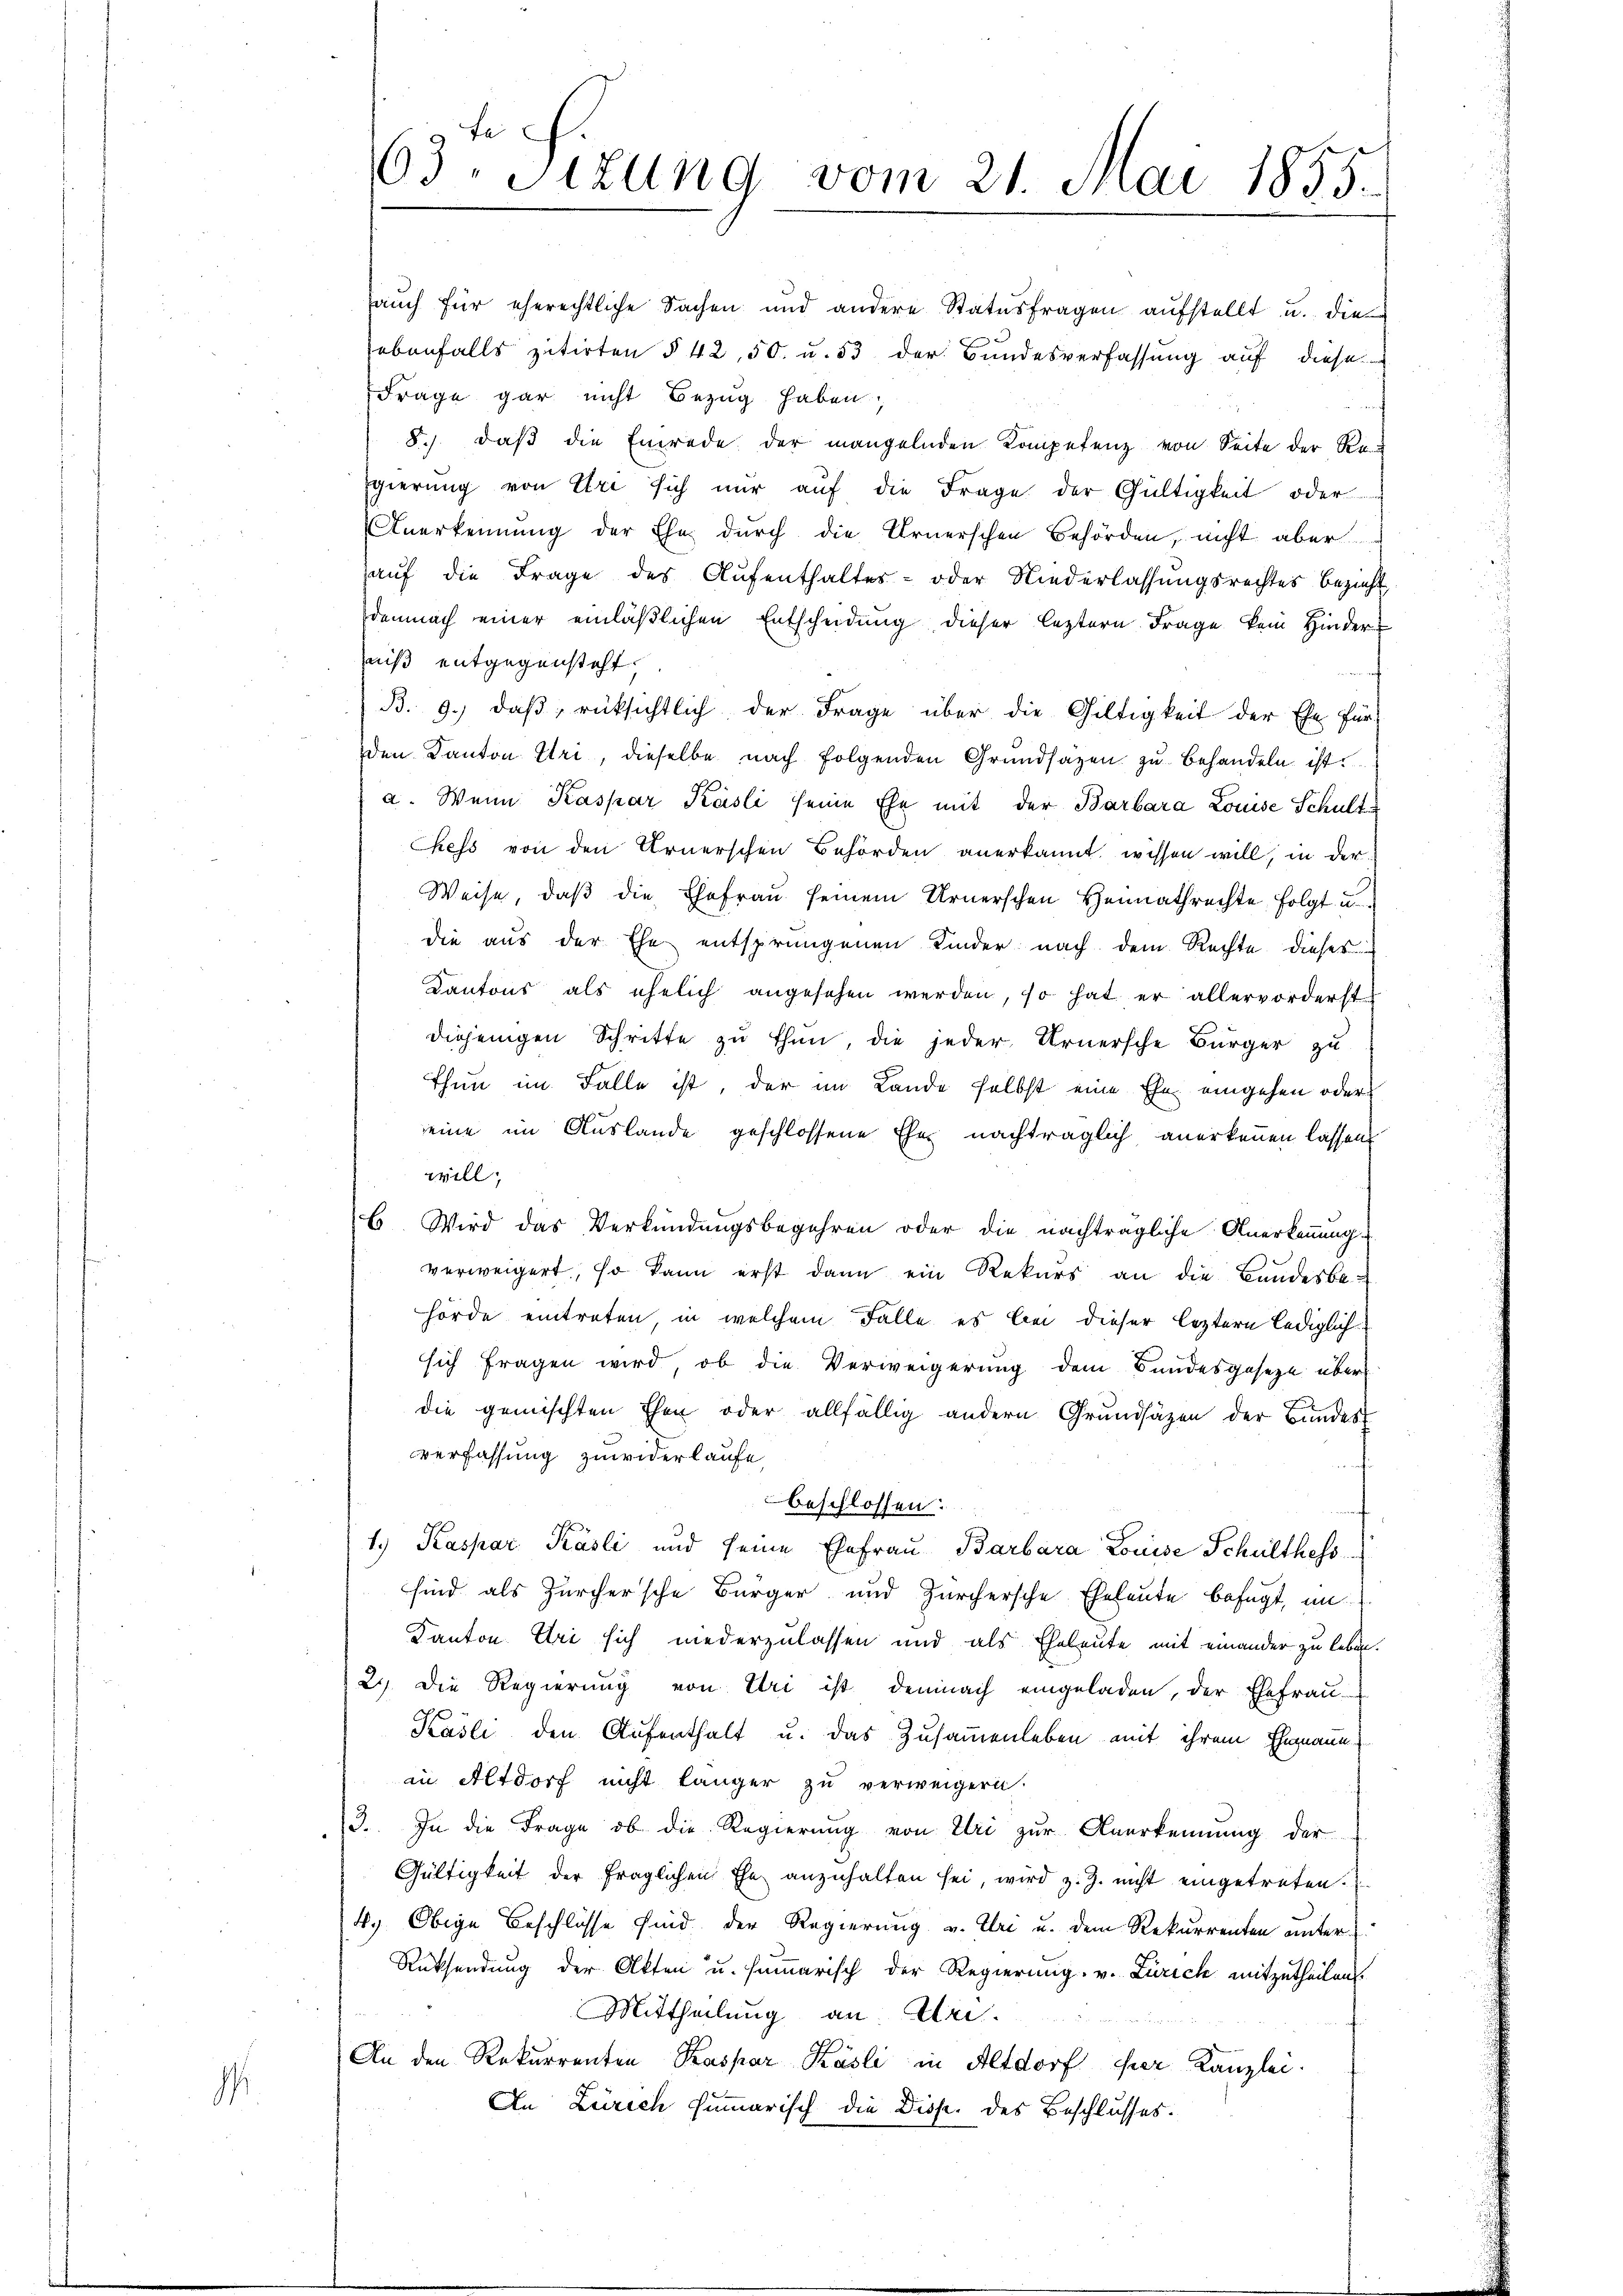
1

63. Sizung vom 21. Mai 1855.

aŭch für eherechtliche Sachen und andere Statusfragen aŭfstellt u. die
ebenfalls zitirten § 42, 50 u. 53 der Bundesverfassung auf diese
Frage gar nicht Bezug haben;
8.) daß die Einrede der mangelnden Kompetenz von Seite der Re
gierung von Uri sich nur auf die Frage der Gültigkeit oder
Anerkennung der Ehe durch die Arnerschen Behörden, nicht aber
auf die Frage des Aufenthaltes- oder Niederlassungsrechtes bezieht
demnach einer einläßlichen Entscheidung dieser leztern Frage kein Hinder
niß entgegensteht
B. 9.) daß, rüksichtlich der Frage über die Gültigkeit der Ehe für
den Kanton Uri, dieselbe nach folgenden Grundsazen zu behandeln ist.
a. Wenn Kaspar Käsli seine Ehe mit der Barbara Louise Schult¬
Chess von den Arnerschen Behörden anerkannt wissen will, in der
Weise, daβ die Ehefrau seinem Urnerschen Heimathrechte folgt u.
die aus der Ehe entsprungenen Kinder nach dem Rechte dieses
Kantons als ehelich angesehen werden, so hat er allervorderst
diejenigen Schritte zu thun, die jeder Urnersche Bürger zu
Thun im Falle ist, der im Lande selbst eine Ehe eingehen oder
seine im Auslande geschlossene Ehe nachträglich anerkennen lassen,
will;
6 Wird das Verkündungsbegehren oder die nachträgliche Anerkennung.
verweigert, so kann erst dann ein Rekurs an die Bundesbe-
hörde eintreten, in welchem Falle es bei dieser leztern lediglich
sich fragen wird, ob die Verweigerung dem Bundesgesetze über
die gemischten Ehen oder allfällig andern Grundsätzen der Bundes
verfassung zuwiderlaufe,
beschlossen:
1
1.) Kaspar Pasli und seine Ehefrau Barbara Louise Schulthess
sind als Zürchersche Bürger und Zürchersche Eheleute befugt, un
Kanton. Uri sich niederzulassen und als Eheleute mit einander zu leben.
2.) Die Regierung von Uri ist demnach eingeladen, der Ehefrau-
Kasli den Aufenthalt u. das Zusammenleben mit ihrem Ehemann
in Altdorf nicht länger zu verweigern.
13. In die Frage ob die Regierung von Uri zur Anerkennung der
Gültigkeit der fraglichen Ehe anzuhalten sei, wird z. Z. nicht eingetreten.
4. Obige Beschlüsse sind der Regierung v. Uri u. dem Rekurrenten unter¬
Rücksendung der Akten u. summarisch der Regierung. v. Zürich mitzutheilen.
Mittheilung an Uri.
An den Rekurrenten Kaspar Käsli in Altdorf per Kanzlei.
An Zürich summarisch die Disp. des Beschlusses.